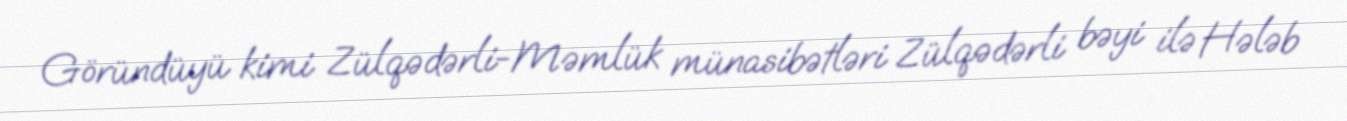
Göründüyü kimi Zülqədərli-Məmlük münasibətləri Zülqədərli bəyi ilə Hələb